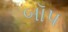
બૉપ